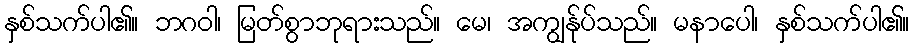
နှစ်သက်ပါ၏။ ဘဂဝါ၊ မြတ်စွာဘုရားသည်။ မေ၊ အကျွန်ုပ်သည်။ မနာပေါ၊ နှစ်သက်ပါ၏။